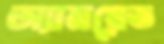
অ্যানয়েড